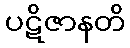
ပဋိဇာနတိ